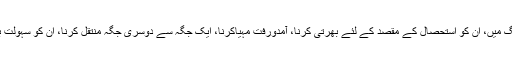
(6) بچوں کی سمگلنگ(ng (Child Trafficki بچوں کی سمگلنگ میں، ان کو استحصال کے مقصد کے لئے بھرتی کرنا، آمدورفت مہیاکرنا، ایک جگہ سے دوسری جگہ منتقل کرنا، ان کو سہولت بہم پہنچانا یا وصول کرنا یا ان کی خرید و فروخت کرنا شامل ہے۔